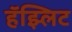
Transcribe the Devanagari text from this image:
हॅझ्लिट